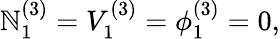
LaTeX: \mathbb{N}_{1}^{(3)}=V_{1}^{(3)}=\phi_{1}^{(3)}=0,